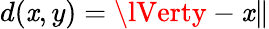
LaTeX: d(\mathit{x},y)=\lVerty-\mathit{x}\rVert